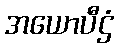
အယောပီဌံ